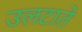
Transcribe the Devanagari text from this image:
उलटाते